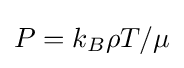
P=k_{B}\rho T/\mu